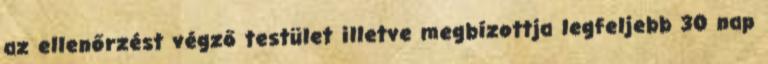
az ellenőrzést végző testület illetve megbízottja legfeljebb 30 nap